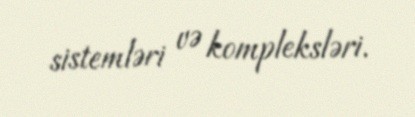
sistemləri və kompleksləri.